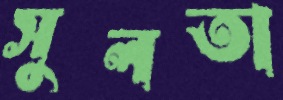
সুলতা